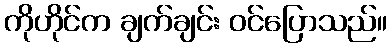
ကိုဟိုင်က ချက်ချင်း ဝင်ပြောသည်။